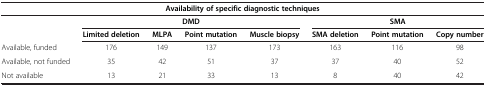
<table><thead><tr><td colspan="8"><b>Availability of specific diagnostic techniques</b></td></tr><tr><td rowspan="2"><b> </b></td><td colspan="4"><b>DMD</b></td><td colspan="3"><b>SMA</b></td></tr><tr><td><b>Limited deletion</b></td><td><b>MLPA</b></td><td><b>Point mutation</b></td><td><b>Muscle biopsy</b></td><td><b>SMA deletion</b></td><td><b>Point mutation</b></td><td><b>Copy number</b></td></tr></thead><tbody><tr><td>Available, funded</td><td>176</td><td>149</td><td>137</td><td>173</td><td>163</td><td>116</td><td>98</td></tr><tr><td>Available, not funded</td><td>35</td><td>42</td><td>51</td><td>37</td><td>37</td><td>40</td><td>52</td></tr><tr><td>Not available</td><td>13</td><td>21</td><td>33</td><td>13</td><td>8</td><td>40</td><td>42</td></tr></tbody></table>